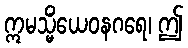
ဣမသ္မိံယေဝနဂရေ၊ ဤ